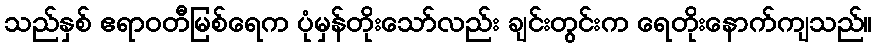
သည်နှစ် ဧရာဝတီမြစ်ရေက ပုံမှန်တိုးသော်လည်း ချင်းတွင်းက ရေတိုးနောက်ကျသည်။